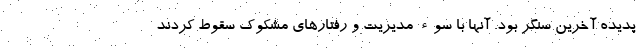
پدیده آخرین سنگر بود. آنها با سوء مدیریت و رفتارهای مشکوک سقوط کردند